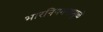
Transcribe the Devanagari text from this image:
भारनियमनामुळे